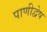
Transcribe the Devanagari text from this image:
पाणीद्वेष